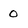
Character: O